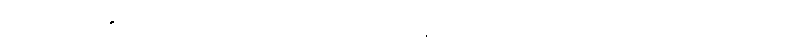
တရားခံအစစ်ရှိတဲ့နေရာကို ဒေါသတကြီး စွပ်စွဲညွှန်ပြလိုက်ပုံနဲ့ဝတ္ထုကို အဆုံးသတ်ထားပါတယ်။